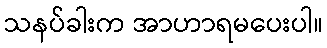
သနပ်ခါးက အာဟာရမပေးပါ။